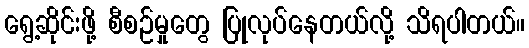
ရွေ့ဆိုင်းဖို့ စီစဉ်မှုတွေ ပြုလုပ်နေတယ်လို့ သိရပါတယ်။